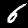
Label: 6